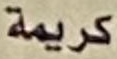
كريمة